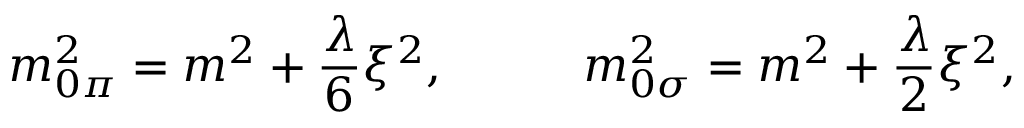
m _ { 0 \pi } ^ { 2 } = m ^ { 2 } + \frac { \lambda } { 6 } \xi ^ { 2 } \mathrm { , ~ ~ ~ ~ ~ ~ ~ ~ ~ } m _ { 0 \sigma } ^ { 2 } = m ^ { 2 } + \frac { \lambda } { 2 } \xi ^ { 2 } ,